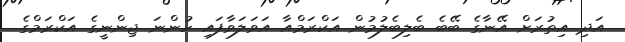
އަދި އިތުރަށް އޭނާގެ ބޭބެ ބެލިބެލުމުން އަކްރަމްއާ އަވަލަވާފައި ހުންނަ ޖިންނީގެ އަކްރަމްގެ